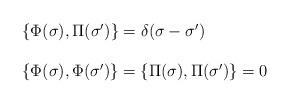
LaTeX: \begin{align*}\begin{array}{ll}\{\Phi(\sigma),\Pi(\sigma^\prime)\} = \delta(\sigma-\sigma^\prime)\\\\\{\Phi(\sigma),\Phi(\sigma')\} = \{\Pi(\sigma),\Pi(\sigma')\} = 0\end{array}\end{align*}